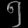
Digit: ၅